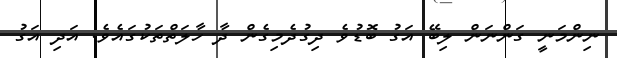
ނިންމަނީ ގަންނަން ލިބޭ އަގު ބޮޑުވެ ދިގުދެމިގެން ދާ ހާލަތްތަކުގައެވެ. އަދި އަގު